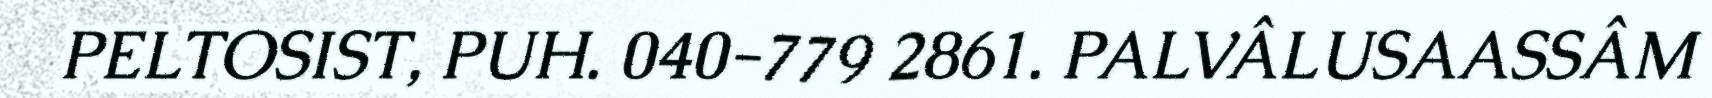
PELTOSIST, PUH. 040-779 2861. PALVÂLUSAASSÂM